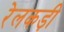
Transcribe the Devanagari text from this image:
रेलकड़ी